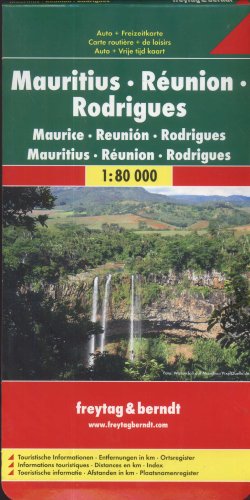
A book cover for Mauritius - Reunion - Rodriguez Map (English, Spanish, French, Italian and German Edition); Freytag-Berndt; Travel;